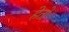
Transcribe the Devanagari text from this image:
हेतो